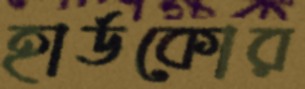
হার্ডকোর